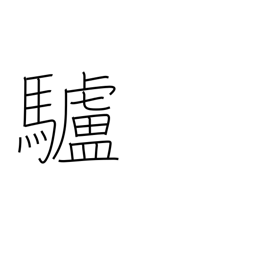
Meaning: donkey